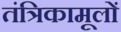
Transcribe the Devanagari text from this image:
तंत्रिकामूलों